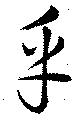
乎